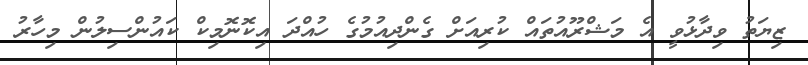
ޒިޔަތު ވިދާޅުވީ އެ މަޝްރޫއުތައް ކުރިއަށް ގެންދިއުމުގެ ހުއްދަ އިކޮނޮމިކް ކައުންސިލުން މިހާރު